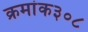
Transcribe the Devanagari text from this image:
क्रमांक३०८